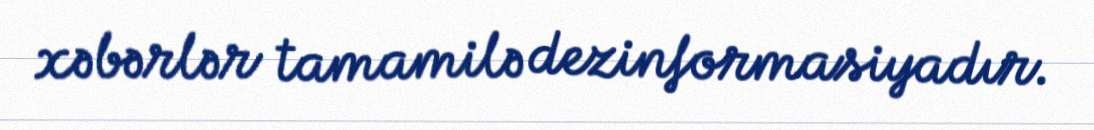
xəbərlər tamamilə dezinformasiyadır.